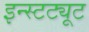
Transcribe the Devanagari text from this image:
इन्स्टट्यूट